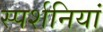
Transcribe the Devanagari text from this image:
स्पर्शनियां